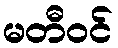
မတီဝင်